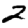
Digit: 2